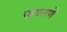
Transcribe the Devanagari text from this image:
पायतणे